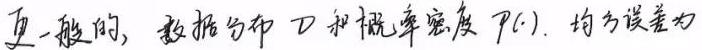
更一般的，数据分布 $\mathcal{D}$ 和概率密度 $p(\cdot)$，均方误差为